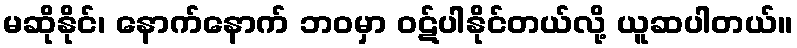
မဆိုနိုင်၊ နောက်နောက် ဘဝမှာ ဝဋ်ပါနိုင်တယ်လို့ ယူဆပါတယ်။